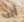
أنت